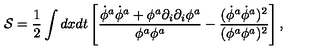
{ \cal S } = { \frac { 1 } { 2 } } \int d x d t \left[ \frac { \dot { \phi } ^ { a } \dot { \phi } ^ { a } + \phi ^ { a } \partial _ { i } \partial _ { i } \phi ^ { a } } { \phi ^ { a } \phi ^ { a } } - \frac { ( \dot { \phi } ^ { a } \dot { \phi } ^ { a } ) ^ { 2 } } { ( \phi ^ { a } \phi ^ { a } ) ^ { 2 } } \right] ,